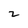
Character: 2